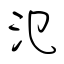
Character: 氾